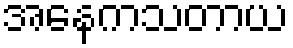
အနေကသတာယ